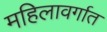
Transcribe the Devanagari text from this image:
महिलावर्गात